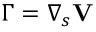
\boldsymbol { \Gamma } = \boldsymbol { \nabla } _ { s } \mathbf { V }